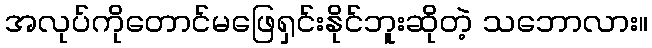
အလုပ်ကိုတောင်မဖြေရှင်းနိုင်ဘူးဆိုတဲ့ သဘောလား။